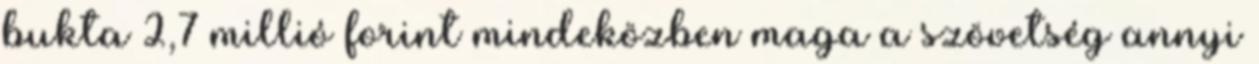
bukta 2,7 millió forint mindeközben maga a szövetség annyi